Vital statistics of India. Vol. IV, Annual returns from 1871 to 1876. British Army of India, Native Army and jails of Bengal
Year: 1871
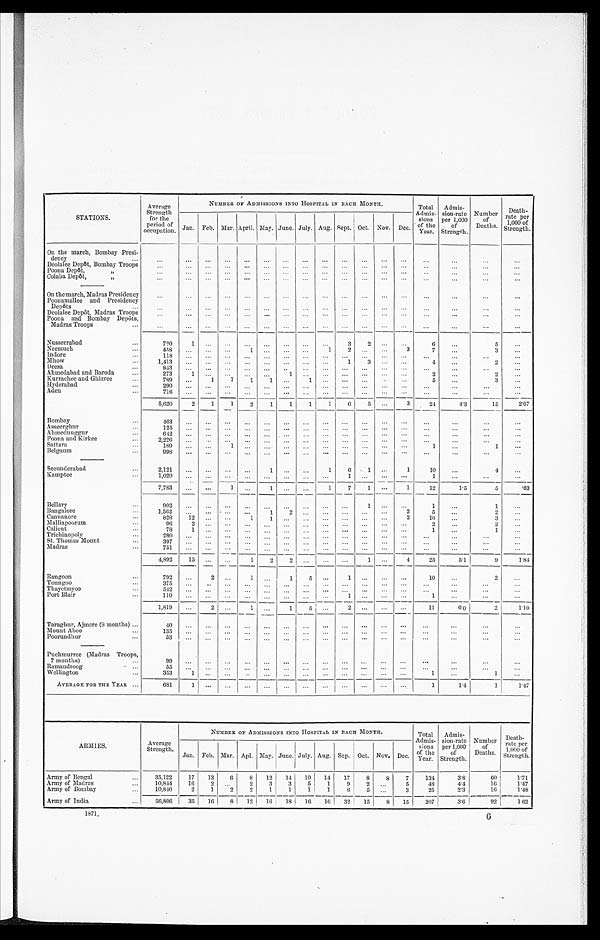
STATIONS.
Average
Strength
for the
period of
occupation.
NUMBER OF ADMISSIONS INTO HOSPITAL IN EACH MONTH.
Total
Admis-
sions
of the
Year.
Admis-
sion-rate
per 1,000
of
Strength.
Number
of
Deaths.
Death-
rate per
1,000 of
Strength.
Jan. Feb. Mar. April. May. June. July. Aug. Sept. Oct. Nov. Dec.
On the march, Bombay Presi-
dency
. . .
. . .
...
. . .
. . .
. . .
. . .
. . .
. . .
. . .
. . .
...
. . .
. . .
. . .
. . .
. . .
. . .
Deolalee Depôt, Bombay Troops
. . . ...
. . .
. . .
. . .
. . .
. . .
. . .
. . .
. . . ...
. . .
. . .
. . .
. . .
. . .
. . .
Poona Depôt, „
. . . ...
. . .
. . .
. . .
. . .
. . .
. . .
. . .
. . .
. . .
. . .
. . .
. . .
. . .
. . .
. . .
Colaba Depôt, „
. . .
...
. . .
. . .
. . .
. . .
. . .
. . .
. . .
. . .
. . .
. . .
. . .
. . .
. . .
. . .
. . .
On the march, Madras Presidency
. . .
...
. . .
. . .
. . .
. . .
. . .
. . .
. . .
. . .
. . .
. . .
. . .
. . .
. . .
. . .
. . .
Poonamallee and Presidency
Depôts
...
. . . ...
. . .
. . . ...
...
. . . ...
. . .
. . .
. . .
. . .
. . .
. . .
. . .
. . .
. . .
Deolalee Depôt, Madras Troops
. . .
...
. . .
. . .
. . .
. . .
. . .
. . .
. . .
. . .
. . .
. . .
. . .
. . .
. . .
. . .
. . .
Poona and Bombay Depôts,
Madras Troops
...
. . .
...
. . .
. . .
. . .
. . .
. . .
. . .
. . .
. . .
. . .
. . .
. . .
. . .
. . .
. . .
. . .
Nusseerabad
...
720
1
. . .
. . . ...
. . .
. . . ...
. . .
3
2
. . .
. . .
6
. . .
5
. . .
Neemuch
...
458
. . .
. . .
. . . 1
. . .
. . .
. . .
1
2 ...
. . .
3
7
. . .
3
. . .
Indore
...
1 1 8 ...
. . .
. . . ...
...
. . . ...
. . . . . .
. . .
. . .
. . .
. . .
. . .
. . .
. . .
Mhow
...
1,413 ...
. . .
. . .
. . .
...
. . . ...
. . .
1
3
. . .
. . .
4
. . .
2
. . .
Deesa
...
8 4 3 ...
. . .
. . .
. . .
...
. . . ...
. . .
. . .
. . .
. . .
. . .
. . .
. . .
. . .
. . .
Ahmedabad and Baroda
. . .
273 1
. . .
. . .
. . .
...
1
. . .
. . .
. . .
. . .
. . .
. . .
2
. . .
2
. . .
Kurrachee and Ghizree
7 8 9
. . .
1
1
1 1
. . . 1
. . .
. . . ...
. . .
. . .
5
. . .
3
. . .
Hyderabad
...
290 ...
. . .
. . .
. . .
...
. . .
. . .
. . .
. . . ...
. . .
. . .
. . .
. . .
. . .
. . .
Aden
...
716
. . .
. . . . . .
. . .
. . .
. . .
. . .
. . .
. . .
. . .
. . .
. . . ...
. . .
. . .
. . .
5,620
2
1
1
1
1
—
1
6
5
. . .
3
24
4.3
15
2.67
1
2
Bombay
...
463
...
. . .
. . .
. . .
. . . . . .
. . .
. . .
. . .
. . .
. . .
. . .
. . .
. . .
. . .
. . .
Asseerghur
...
1 2 5 ...
. . .
. . .
. . .
. . .
. . . ...
. . .
. . . ...
. . .
. . .
. . .
. . .
. . .
. . .
Ahmednuggur
...
6 4 2 ...
. . .
. . . ...
...
. . . ...
. . .
. . .
. . .
. . .
. . .
. . .
. . .
. . .
. . .
Poona and Kirkee
..
2,226 ...
. . .
. . .
. . . ...
. . . ...
. . .
. . .
. . .
. . .
. . .
. . .
. . .
. . .
. . .
Sattara
...
189 ...
. . .
1 ...
...
. . . ...
. . .
. . . ...
. . .
. . .
1
. . .
1
. . .
Belgaum
...
998 ...
. . .
. . . ...
...
. . . ...
. . .
. . .
. . .
. . .
. . .
. . .
. . .
. . .
. . .
Secunderabad
...
2,121
. . .
. . .
. . .
. . .
1
. . . ...
1
6
1
. . .
1
10
. . .
4
. . .
Kamptee
...
1,020 ...
. . .
. . .
. . .
. . .
. . .
. . .
. . .
1 ...
. . .
. . .
1
. . .
. . .
. . .
7,783
. . .
. . .
1 ...
1
. . .
. . .
1
7 1
. . .
1
12
1.5
5
.63
Bellary
...
9 0 2 ...
. . .
. . .
...
...
. . .
. . .
. . .
. . .
1
. . .
. . .
1
. . .
1
. . .
Bangalore
...
1,562
. . .
. . .
. . .
. . .
1
2 ...
. . .
. . .
. . .
. . .
2
5
. . .
2
. . .
Cannanore
...
828 12
. . .
. . .
1
1
. . . ...
. . .
. . . ...
. . .
2
16
. . .
3
. . .
Malliapoorum
...
96 2
. . .
. . .
. . .
. . .
. . . ...
. . .
. . . ...
. . .
. . .
2
. . .
2
. . .
Calicut
...
78 1
. . .
. . .
. . .
. . .
. . . ...
. . .
. . . ...
. . .
. . .
1
. . .
1
. . .
Trichinopoly
...
2 8 0 ...
. . .
. . .
. . .
. . .
. . . ...
. . .
. . .
. . .
. . .
. . .
. . .
. . .
. . .
. . .
St. Thomas Mount
. . .
3 9 7 ...
. . .
. . .
. . .
. . . . . .
. . .
. . .
. . .
. . .
. . .
. . .
. . .
. . .
. . .
. . .
Madras
...
751 ...
. . .
. . .
. . .
. . . . . .
. . .
. . .
. . .
. . .
. . .
. . .
. . .
. . .
. . .
. . .
4,892
15
. . .
. . .
1
2
2
. . .
. . .
. . .
1
. . .
4
25
5.1
9
1.84
Rangoon
...
792
. . .
2
. . .
1
. . .
1
5
. . .
1
. . .
. . .
. . .
10
. . .
2
. . .
Toungoo
...
375 ...
. . .
. . .
. . .
. . . . . .
. . .
. . .
. . .
. . .
. . .
. . .
. . .
. . .
. . .
. . .
Thayetmyoo
...
5 4 2 ...
. . .
. . . ...
. . .
. . .
. . .
. . .
. . .
. . .
. . .
. . .
. . .
. . .
. . .
. . .
Port Blair
...
110 ...
. . .
. . .
. . .
. . . . . .
. . .
. . .
1 ...
. . .
. . .
1
. . .
. . .
. . .
1,819 ...
2
. . .
1
. . .
1
5
. . .
2 ...
. . . . . .
11
6 . 0
2
1.10
Taraghur, Ajmere (8 months
)
...
40
...
. . .
. . .
. . . ...
. . .
. . .
. . .
. . .
. . .
. . .
. . .
. . .
. . .
. . .
. . .
Mount Aboo
...
135
...
. . .
. . .
. . .
...
. . .
. . .
. . .
. . .
...
. . .
. . .
. . .
. . .
. . .
. . .
Poorundhur
53
. . .
. . .
. . .
. . .
. . .
. . .
. . .
. . .
. . .
. . .
. . .
. . .
. . .
. . .
. . .
. . .
Puchmurree (Madras Troops,
7 months)
...
99
...
. . .
. . .
. . .
...
. . .
. . .
. . .
. . .
. . .
. . .
. . .
. . .
. . .
. . .
. . .
Ramandroog
...
55
. . .
. . .
. . . ...
...
. . . ...
. . .
. . . ...
. . .
. . .
. . .
. . .
. . .
. . .
Wellington
...
353
1
. . .
. . . ...
. . .
. . . ...
. . .
. . .
. . .
. . .
. . .
1
. . .
1
. . .
AVERAGE FOR THE YEAR
. . .
681
1
. . .
. . . ...
...
. . .
. . .
. . .
. . .
. . .
. . .
. . .
1
1.4
1
1 . 4 7
ARMIES.
Average
Strength.
NUMBER OF ADMISSIONS INTO HOSPITAL IN EACH MONTH.
Total
Admis-
sions
of the
Year.
Admis-
sion-rate
per 1,000
of
Strength.
Number
of
Deaths.
Death-
rate per
1,000 of
Strength.
Jan. Feb. Mar. Apl. May. June. July. Aug. Sep. Oct. Nov. Dec.
Army of Bengal
...
35,122
17
13
6
8
12
14
10
14
17
8
8
7
134
3.8
60
1.71
Army of Madras
...
10,844
16
2
. . .
2
3
3
5
1
9
2
. . .
5
48
4.4
16
1.47
Army of Bombay
. . .
10,840
2
1
2
2
1
1
1
1
6
5
. . .
3
25
2.3
16
1.48
Army of India
...
56,806
35
16
8
12
16
18
16
16
32
15
8
15
207
3.6
92 1 62
1871.